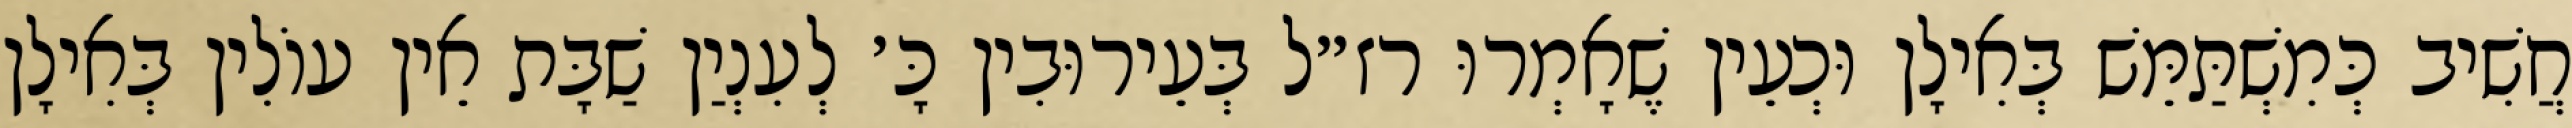
חֲשִׁיב כְּמִשְׁתַּמֵּשׁ בְּאִילָן וּכְעֵין שֶׁאָמְרוּ רז״ל בְּעֵירוּבִין כָּ׳ לְעִנְיַן שַׁבָּת אֵין עוֹלִין בְּאִילָן